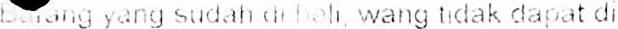
BARANG YANG SUDAH CH BEH, WANG HDAK DAPAT DI